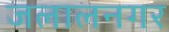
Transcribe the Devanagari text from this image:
जलालनगर